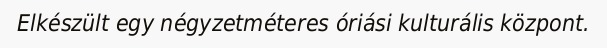
Elkészült egy négyzetméteres óriási kulturális központ.